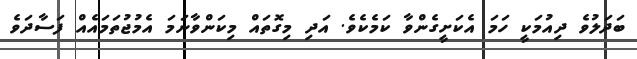
ބަދަލުވެ ދިއުމަކީ ހަމަ އެކަށީގެންވާ ކަމެކެވެ. އަދި މިގޮތައް މިކަންވާނަމަ އެމުޖުތަމައެއް ފަސާދަވެ